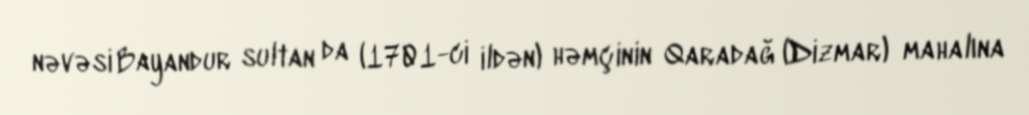
nəvəsi Bayandur sultan da (1701-ci ildən) həmçinin Qaradağ (Dizmar) mahalına